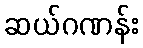
ဆယ်ဂဏန်း